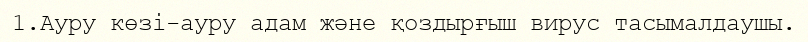
1.Ауру көзі-ауру адам және қоздырғыш вирус тасымалдаушы.